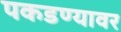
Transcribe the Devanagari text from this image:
पकडण्यावर